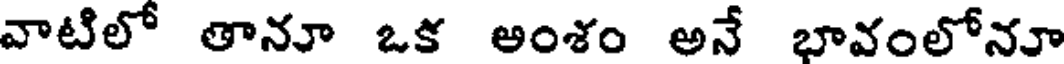
వాటిలో తానూ ఒక అంశం అనే భావంలోనూ